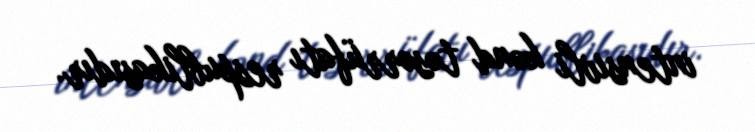
intensivli kənd təsərrüfatı respublikasıdır.